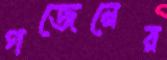
গজেনের